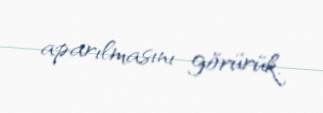
aparılmasını görürük.